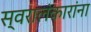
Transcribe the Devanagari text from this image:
स्वरालंकारांना